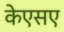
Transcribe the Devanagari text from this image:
केएसए